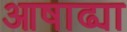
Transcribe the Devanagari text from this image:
आषाढ्या